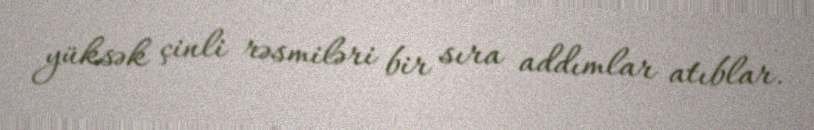
yüksək çinli rəsmiləri bir sıra addımlar atıblar.